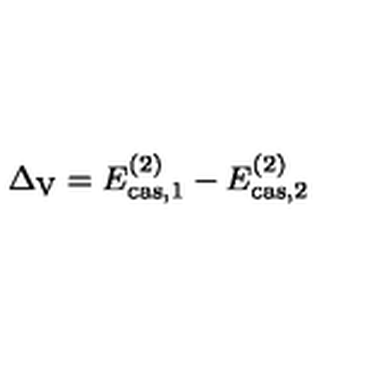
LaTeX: \Delta _ { \mathrm { V } } = E _ { \mathrm { c a s , } 1 } ^ { ( 2 ) } - E _ { \mathrm { c a s , } 2 } ^ { ( 2 ) }